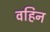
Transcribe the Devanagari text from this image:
वहिन